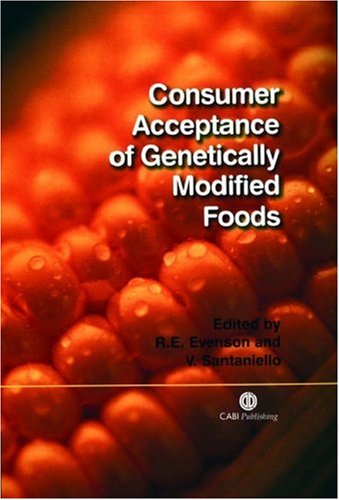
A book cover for Consumer Acceptance of Genetically Modified Foods (Cabi); Robert E Evenson; Health, Fitness & Dieting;